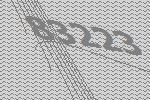
83223